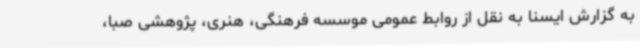
به گزارش ایسنا به نقل از روابط عمومی موسسه فرهنگی، هنری، پژوهشی صبا،